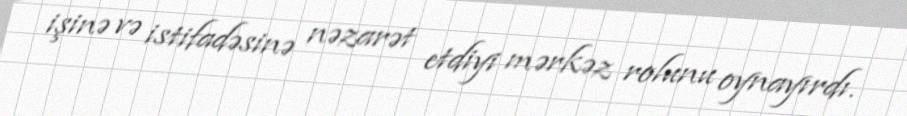
işinə və istifadəsinə nəzarət etdiyi mərkəz rolunu oynayırdı.